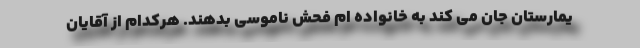
یمارستان جان می کند به خانواده ام فحش ناموسی بدهند. هرکدام از آقایان